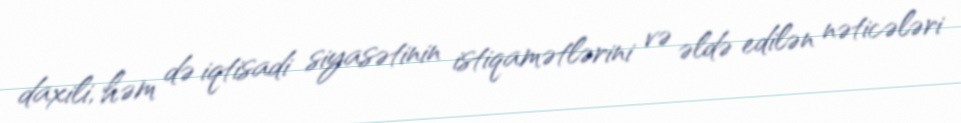
daxili, həm də iqtisadi siyasətinin istiqamətlərini və əldə edilən nəticələri